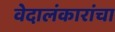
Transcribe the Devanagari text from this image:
वेदालंकारांचा